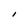
Character: I